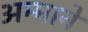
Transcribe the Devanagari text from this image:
अम्माने